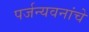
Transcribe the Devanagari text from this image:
पर्जन्यवनांचे